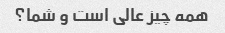
همه چیز عالی است و شما؟